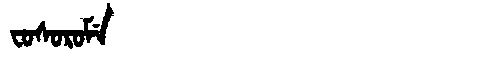
Manchu: ᠸᠣᠰᠣᡵᠣᠮᡝ
Romanization: FOSOROME